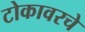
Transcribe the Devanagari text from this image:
टोकावरचे